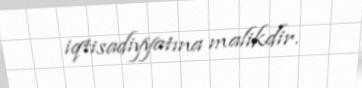
iqtisadiyyatına malikdir.